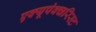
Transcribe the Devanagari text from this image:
एक्यूपंक्चरिस्ट